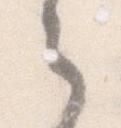
之